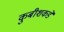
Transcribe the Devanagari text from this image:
कुबीशकडे